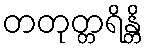
တတုတ္တရိန္တိ